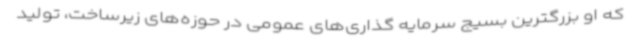
که او بزرگترین بسیج سرمایه گذاری‌های عمومی در حوزه‌های زیرساخت، تولید